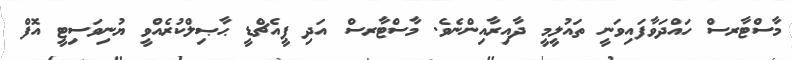
މާސްޓާރސް ހައްދަވާފައިވަނީ ތައުލީމީ ދާއިރާއިންނެވެ. މާސްޓާރސް އަދި ޕީއެޗްޑީ ޙާޞިލްކުރެއްވީ ޔުނިވަސިޓީ އޮފް